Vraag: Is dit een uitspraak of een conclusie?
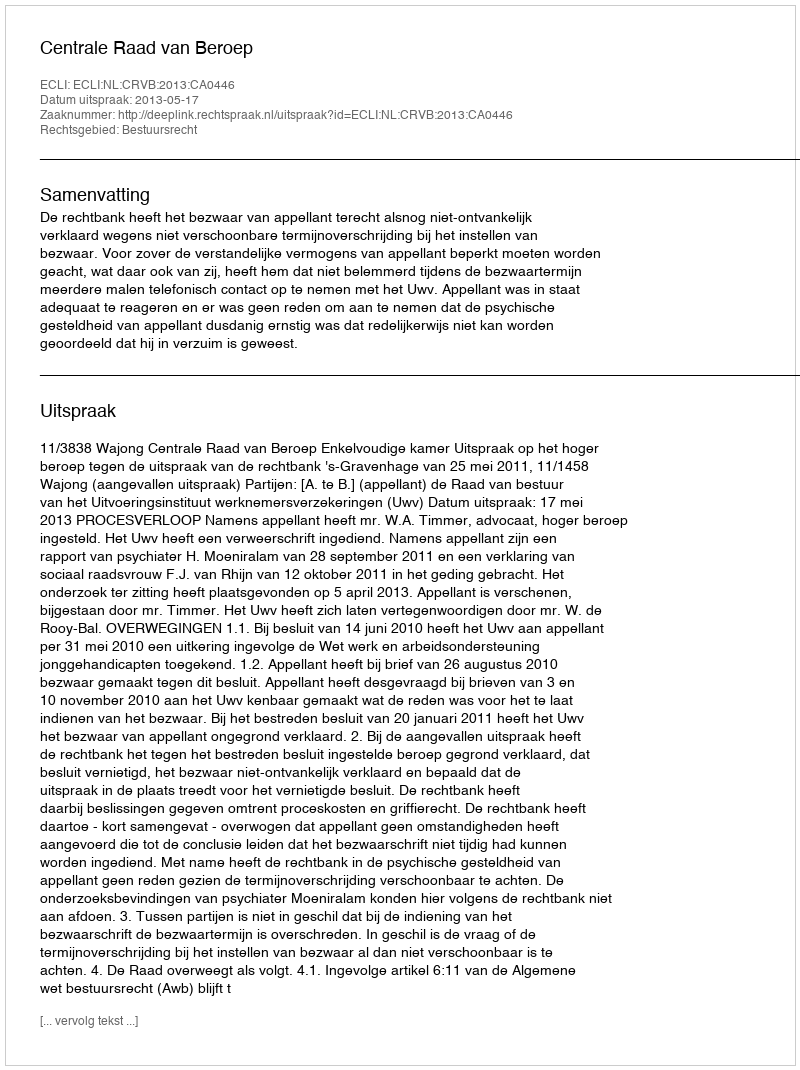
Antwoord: Uitspraak